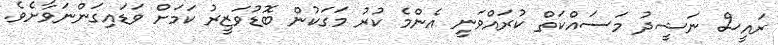
ރައީސް ނަޝީދު މަސައްކަތް ކުރައްވަނީ އެންމެ ކުރު މަގަކުން ބޮޑުވަޒީރު ކަމަށް ވަޑައިގަންނަވާށެވެ.